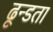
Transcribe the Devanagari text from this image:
ढून्डता